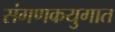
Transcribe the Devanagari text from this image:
संगणकयुगात